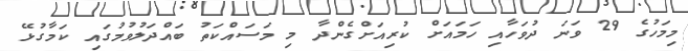
މިމަހުގެ 29 ވަނަ ދުވަހާއި ހަމައަށް ކުރިއަށްގެންދާ މި މަސައްކަތު ބައްދަލުވުމުގައި ކަމާގުޅޭ